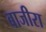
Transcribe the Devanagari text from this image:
बाजीरा